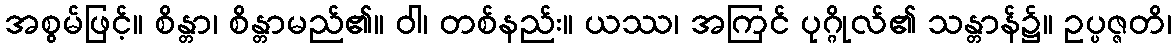
အစွမ်ဖြင့်။ စိန္တာ၊ စိန္တာမည်၏။ ဝါ၊ တစ်နည်း။ ယဿ၊ အကြင် ပုဂ္ဂိုလ်၏ သန္တာန်၌။ ဥပ္ပဇ္ဇတိ၊